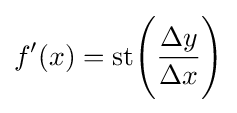
f'(x)={\rm {st}}{\Bigg (}{\frac {\Delta y}{\Delta x}}{\Bigg )}